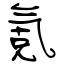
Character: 氪